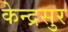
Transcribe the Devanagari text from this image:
केन्द्रसुर